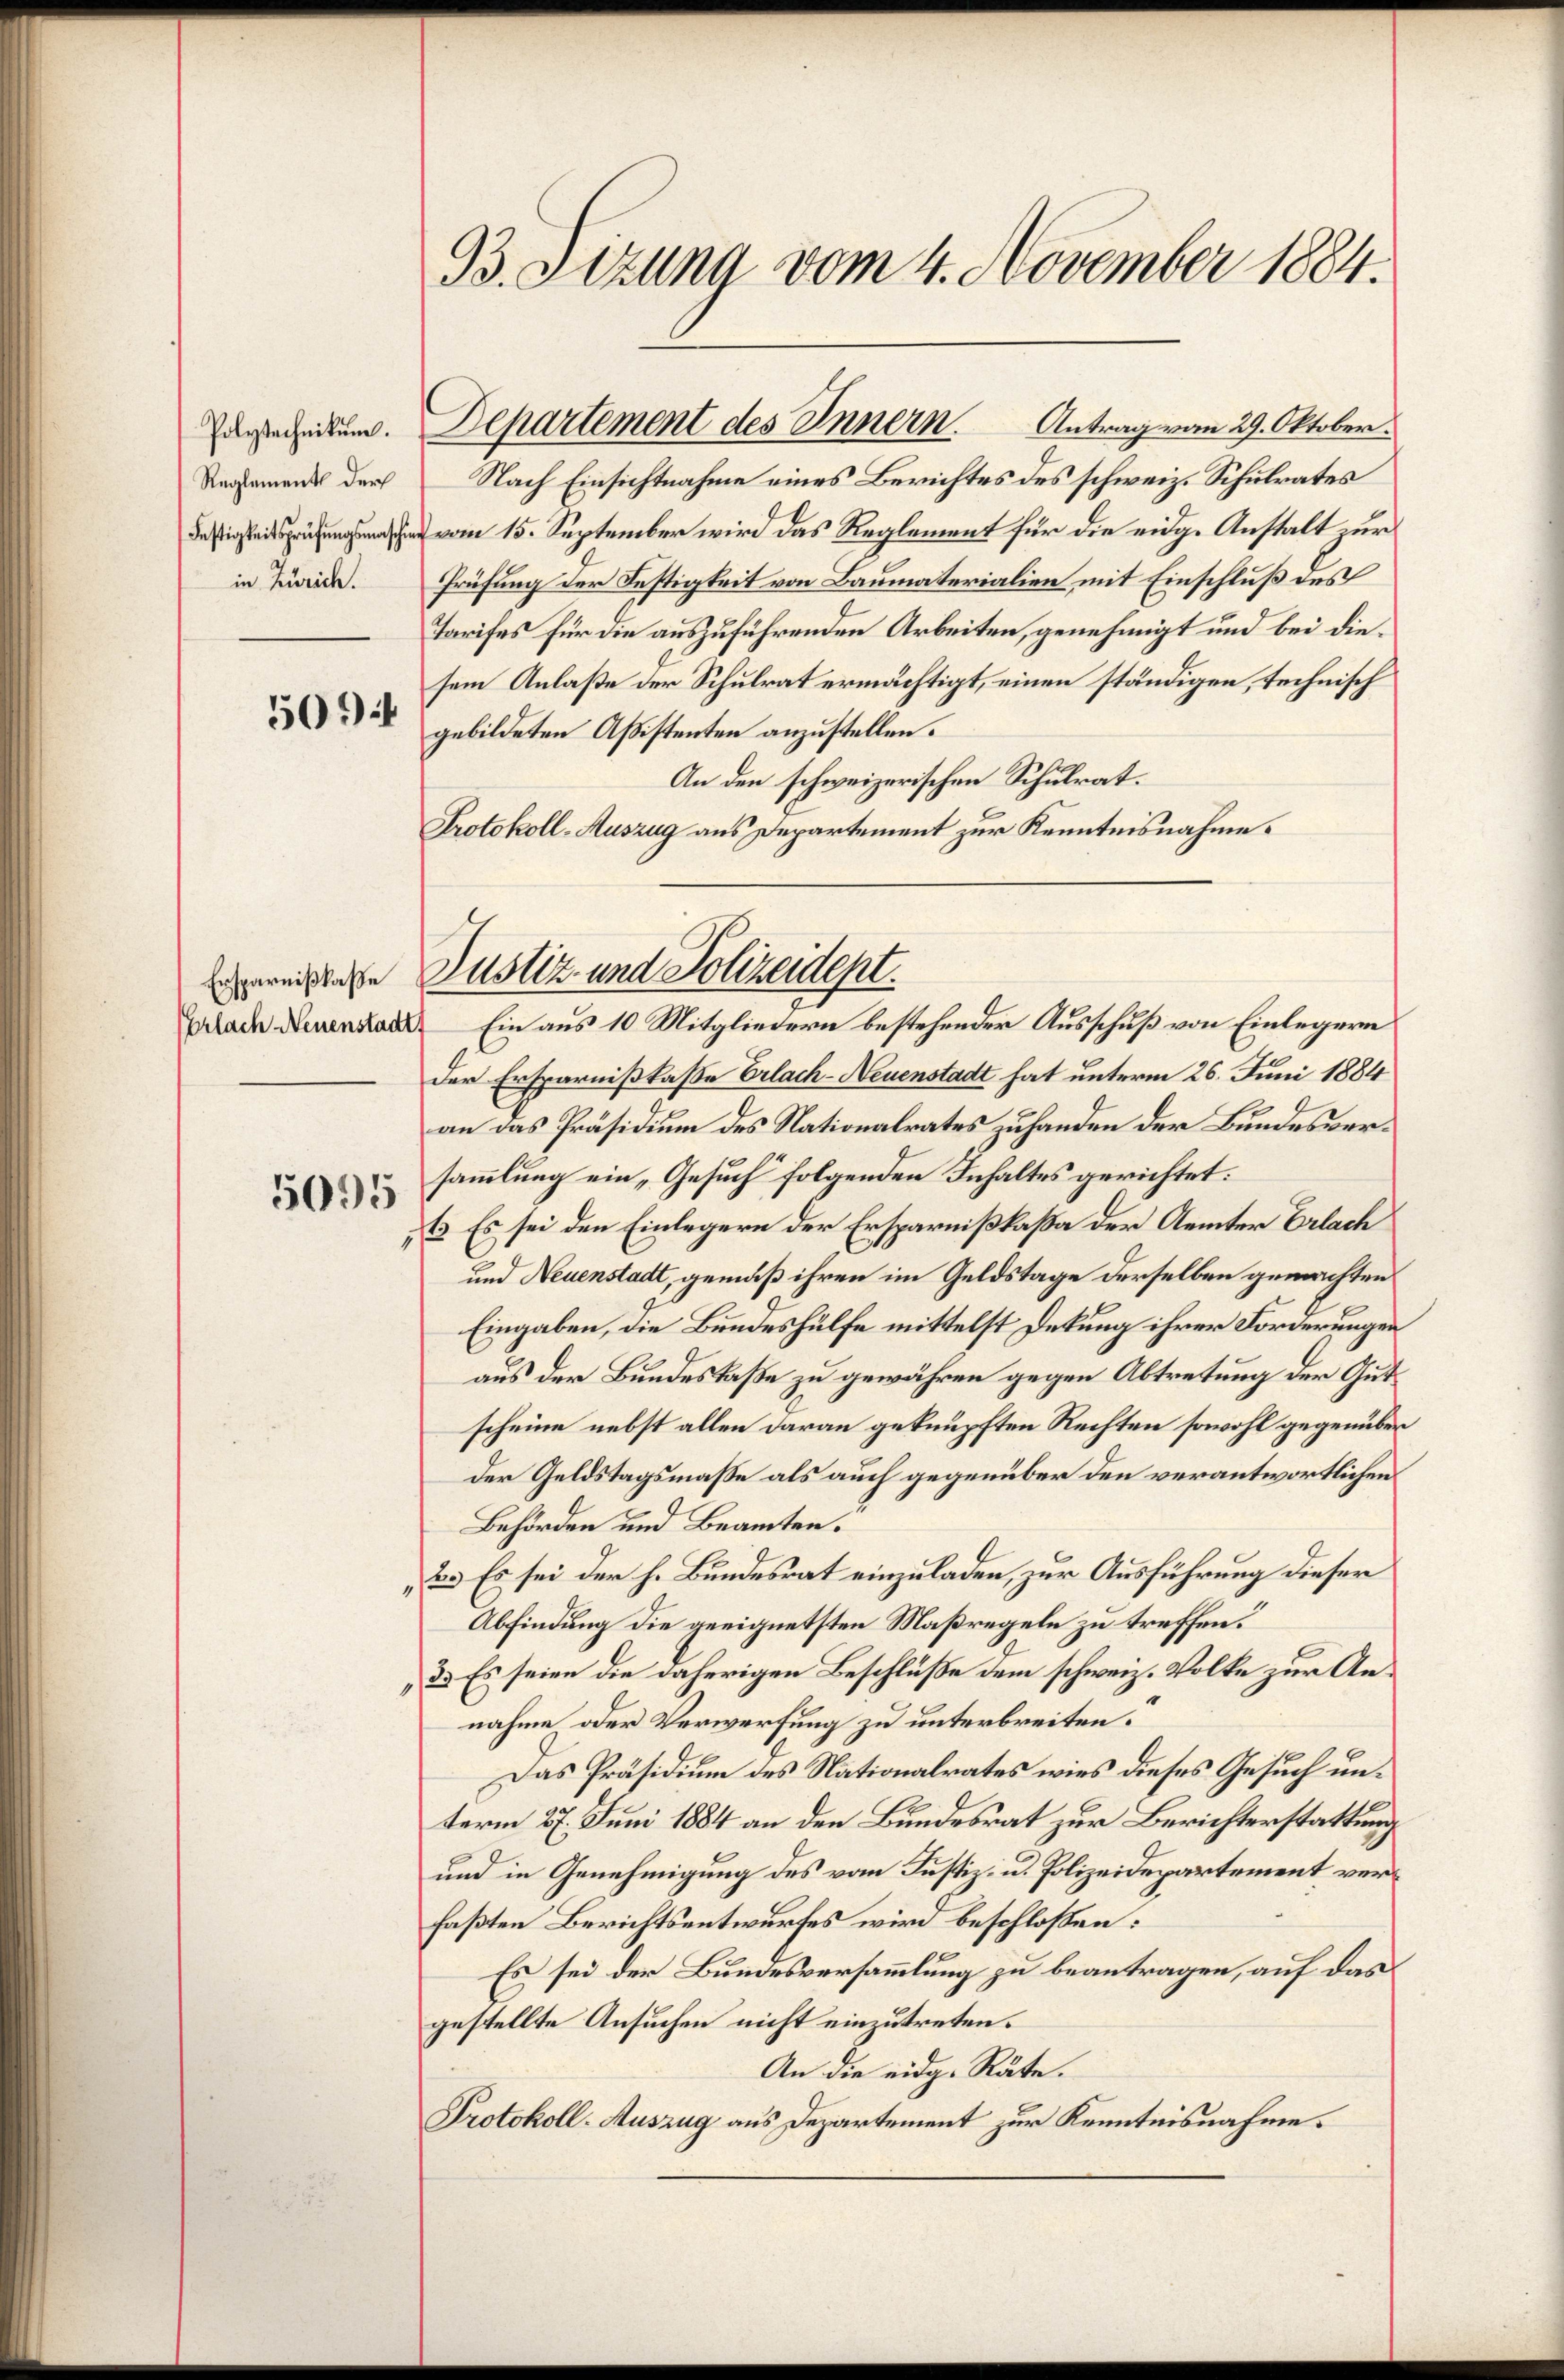
Polytechnikum.
Reglement dur
Festigkeitsprüfungsmaschi
in Zürich.
50

Ersparnißlaße
Erlach Neuenstadt

5095

B. Stzung vom 4. November 1884.

Antrag vom 29. Oktober.
Nach Einsichtnahme eines Berichtes des schweiz. Schulrates
vom 15. September wird das Reglement für die eidg. Anstalt zur
Prüfung der Festigkeit von Baumaterialien mit Einschluß des
Tarifes für die auszuführenden Arbeiten, genehmigt und bei diesem Anlaße der Schulrat ermächtigt, einen ständigen, technisch
gebildeten Aßistenten anzustellen.
An den schweizerischen Schulrat.
Protokoll-Auszug aus Departement zur Kenntnisnahme.
 Ein aus 10 Mitgliedern bestehender Ausschuß von Einlegern
Der Ersparnißkasse Erlach-Neuenstadt hat unterm 26. Juni 1884
an das Präsidium des Nationalrates zuhanden der Bundesversammlung ein „Gesuch folgenden Inhaltes gerichtet:
1. Es sei den Einlegern der Ersparnißkaßa der Aemter Erlach
und Neuenstadt, gemäß ihren im Geldstage derselben gemachten
Eingaben, die Bundeshülfe mittelst Dekung ihrer Forderungen
aus der Bundeskaße zu gewähren gegen Abtretung der Gutscheine nebst allen daran geknüpften Rechten sowohl gegenüber
der Geldstagsmasse als auch gegenüber den verantwortlichen
Behörden und Beamten.
2.) Es sei der h. Bundesrat einzuladen, zur Ausführung dieser
Abfindung die geeignetsten Maßregeln zu treffen.
3.) Es seien die daherigen Beschluße dem schweiz. Volke zur Annahme oder Verwerfung zu unterbreiten.
Das Präsidium des Nationalrates wies dieses Gesuch unterm 27. Juni 1884 an den Bundesrat zur Berichterstattung
und in Genehmigung des vom Justiz- u. Polizeidepartement verfaßten Berichtsentwurfes wird beschloßen:
Es sei der Bundesversammlung zu beantragen, auf das
gestellte Ansuchen nicht einzutreten.
An die eidg. Räte.
Protokoll-Auszug aus Departement zur Kenntnisnahme.

Departement des Innern.

Justiz- und Polizeidept.